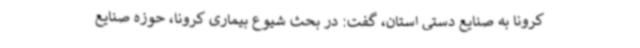
کرونا به صنایع دستی استان، گفت: در بحث شیوع بیماری کرونا، حوزه صنایع